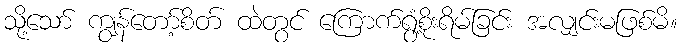
သို့သော် ကျွန်တော့်စိတ် ထဲတွင် ကြောက်ရွံ့စိုးရိမ်ခြင်း အလျှင်းမဖြစ်မိ။